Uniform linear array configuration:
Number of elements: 12
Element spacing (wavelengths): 0.25
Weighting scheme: cosine
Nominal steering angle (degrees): -60
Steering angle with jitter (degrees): -59.432
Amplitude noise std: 0.05
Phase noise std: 0.05

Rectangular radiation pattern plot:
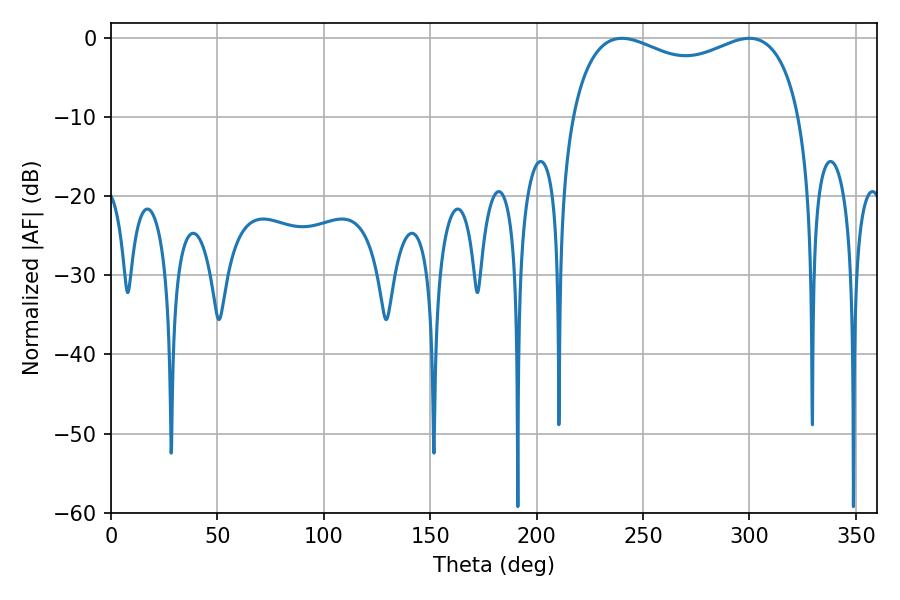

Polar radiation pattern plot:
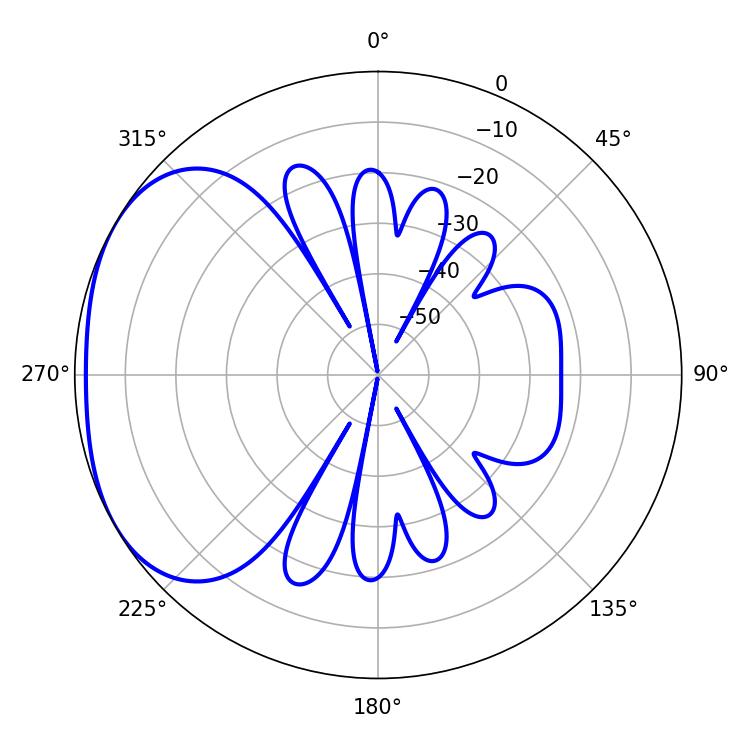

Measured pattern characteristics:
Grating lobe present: FALSE
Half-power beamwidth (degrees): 89.28
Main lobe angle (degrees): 299.88